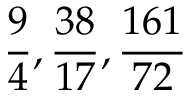
{ \frac { 9 } { 4 } } , { \frac { 3 8 } { 1 7 } } , { \frac { 1 6 1 } { 7 2 } }